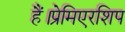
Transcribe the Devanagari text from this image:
हैं।प्रेमिएरशिप